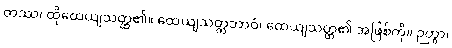
တဿ၊ ထိုထေယျသတ္ထ၏။ ထေယျသတ္တဘာဝံ၊ ထေယျသတ္ထ၏ အဖြစ်ကို။ ဉတွာ၊